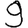
Digit: 9